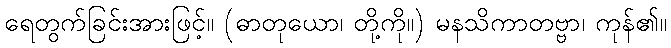
ရေတွက်ခြင်းအားဖြင့်။ (ဓာတုယော၊ တို့ကို။) မနသိကာတဗ္ဗာ၊ ကုန်၏။